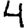
Digit: 4